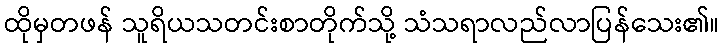
ထိုမှတဖန် သူရိယသတင်းစာတိုက်သို့ သံသရာလည်လာပြန်သေး၏။